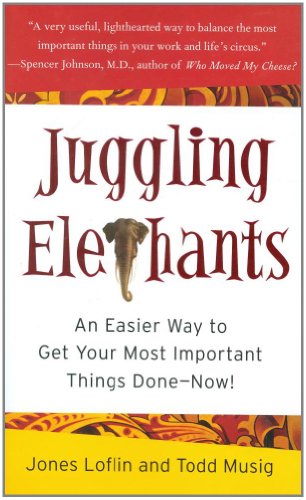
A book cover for Juggling Elephants: An Easier Way to Get Your Most Important Things Done--Now!; Jones Loflin; Self-Help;